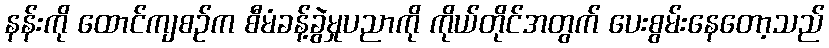
နန်းကို ထောင်ကျစဉ်က စီမံခန့်ခွဲမှုပညာကို ကိုယ်တိုင်အတွက် ပေးစွမ်းနေတော့သည်